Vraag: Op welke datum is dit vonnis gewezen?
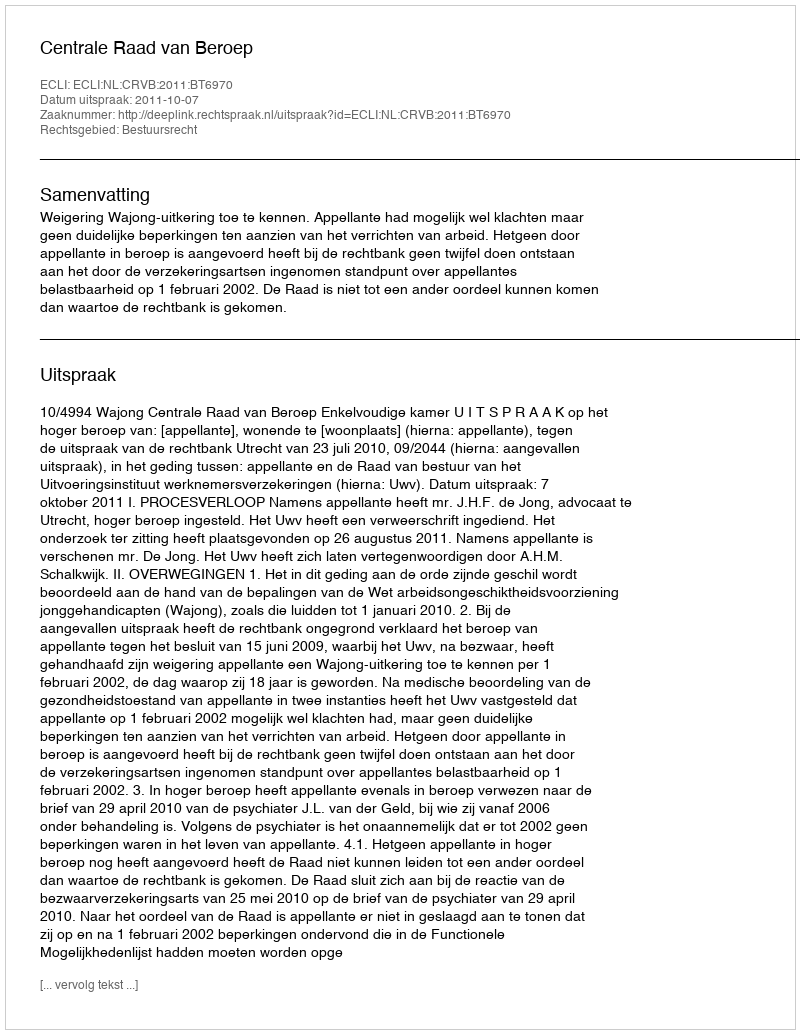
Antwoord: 2011-10-07